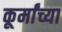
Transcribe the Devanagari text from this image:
कूर्मांच्या